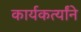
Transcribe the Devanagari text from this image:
कार्यकर्त्यांने